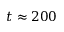
t \approx 2 0 0